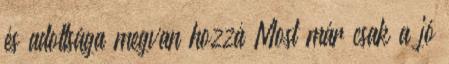
és adottsága megvan hozzá Most már csak a jó